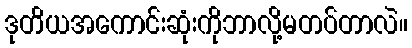
ဒုတိယအကောင်းဆုံးကိုဘာလို့မတပ်တာလဲ။